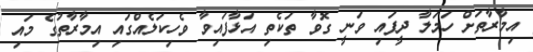
އިމާރާތަށް ހަމަލާ ދީފައި ވަނީ ގޮވާ ތަކެތި އަޅާފައިވާ ވެހިކަލެއްގައި އިމާރާތުގެ މައި